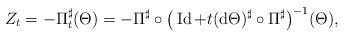
LaTeX: \begin{gather*}Z_{t}=-\Pi_{t}^{\sharp}(\Theta)=-\Pi^{\sharp}\circ\big(\operatorname{Id}+t(\mathrm{d}\Theta)^{\sharp}\circ\Pi^{\sharp}\big)^{-1}(\Theta),\end{gather*}